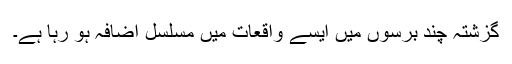
گزشتہ چند برسوں میں ایسے واقعات میں مسلسل اضافہ ہو رہا ہے۔